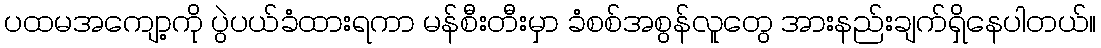
ပထမအကျော့ကို ပွဲပယ်ခံထားရကာ မန်စီးတီးမှာ ခံစစ်အစွန်လူတွေ အားနည်းချက်ရှိနေပါတယ်။